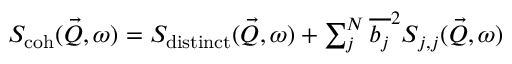
\begin{array} { r } { S _ { \mathrm { c o h } } ( \vec { Q } , \omega ) = S _ { \mathrm { d i s t i n c t } } ( \vec { Q } , \omega ) + \sum _ { j } ^ { N } { \overline { { b _ { j } } } ^ { 2 } } S _ { j , j } ( \vec { Q } , \omega ) } \end{array}